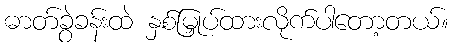
ဓာတ်ခွဲခန်းထဲ နှစ်မြှုပ်ထားလိုက်ပါတော့တယ်။